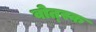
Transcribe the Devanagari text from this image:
वोत्स्क